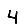
Digit: 4